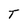
Character: T